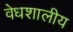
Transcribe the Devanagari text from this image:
वेधशालीय